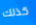
كذلك